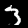
Digit: 3